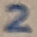
Text: 2